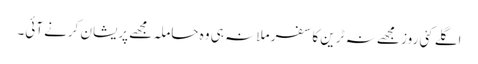
اگلے کئی روز مجھے نہ ٹرین کا سفر ملا نہ ہی وہ حاملہ مجھے پریشان کرنے آئی۔